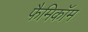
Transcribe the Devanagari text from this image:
फैमिकॉम